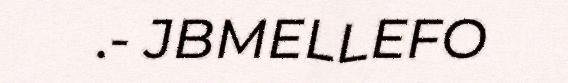
.- JBMELLEFO